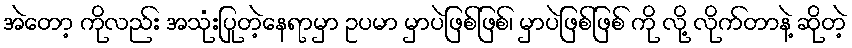
အဲတော့ ကိုလည်း အသုံးပြုတဲ့နေရာမှာ ဥပမာ မှာပဲဖြစ်ဖြစ်၊ မှာပဲဖြစ်ဖြစ် ကို လို့ လိုက်တာနဲ့ ဆိုတဲ့